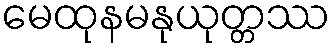
မေထုနမနုယုတ္တဿ